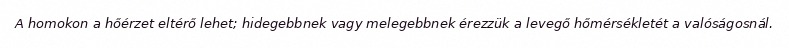
A homokon a hőérzet eltérő lehet; hidegebbnek vagy melegebbnek érezzük a levegő hőmérsékletét a valóságosnál.